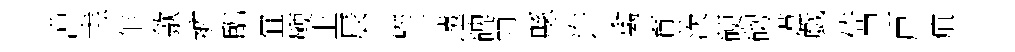
漕恚乍歙裤臨冝鞭上辰洪吐遠碑雨縣许禽育茨硬砌谨戯倚里尸疽